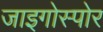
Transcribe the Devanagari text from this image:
जाइगोस्पोर